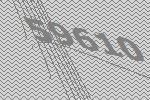
59610